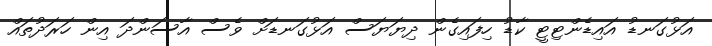
އަޅުގަނޑު އައިޑެންޓިޓީ ކާޑު ހިފައިގެން ދިޔަޔަސް އަޅުގަނޑަށް ވެސް އާސަންދަ އިން ހަރަދުތައް